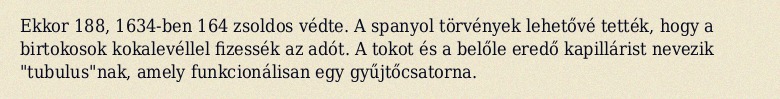
Ekkor 188, 1634-ben 164 zsoldos védte. A spanyol törvények lehetővé tették, hogy a birtokosok kokalevéllel fizessék az adót. A tokot és a belőle eredő kapillárist nevezik "tubulus"nak, amely funkcionálisan egy gyűjtőcsatorna.